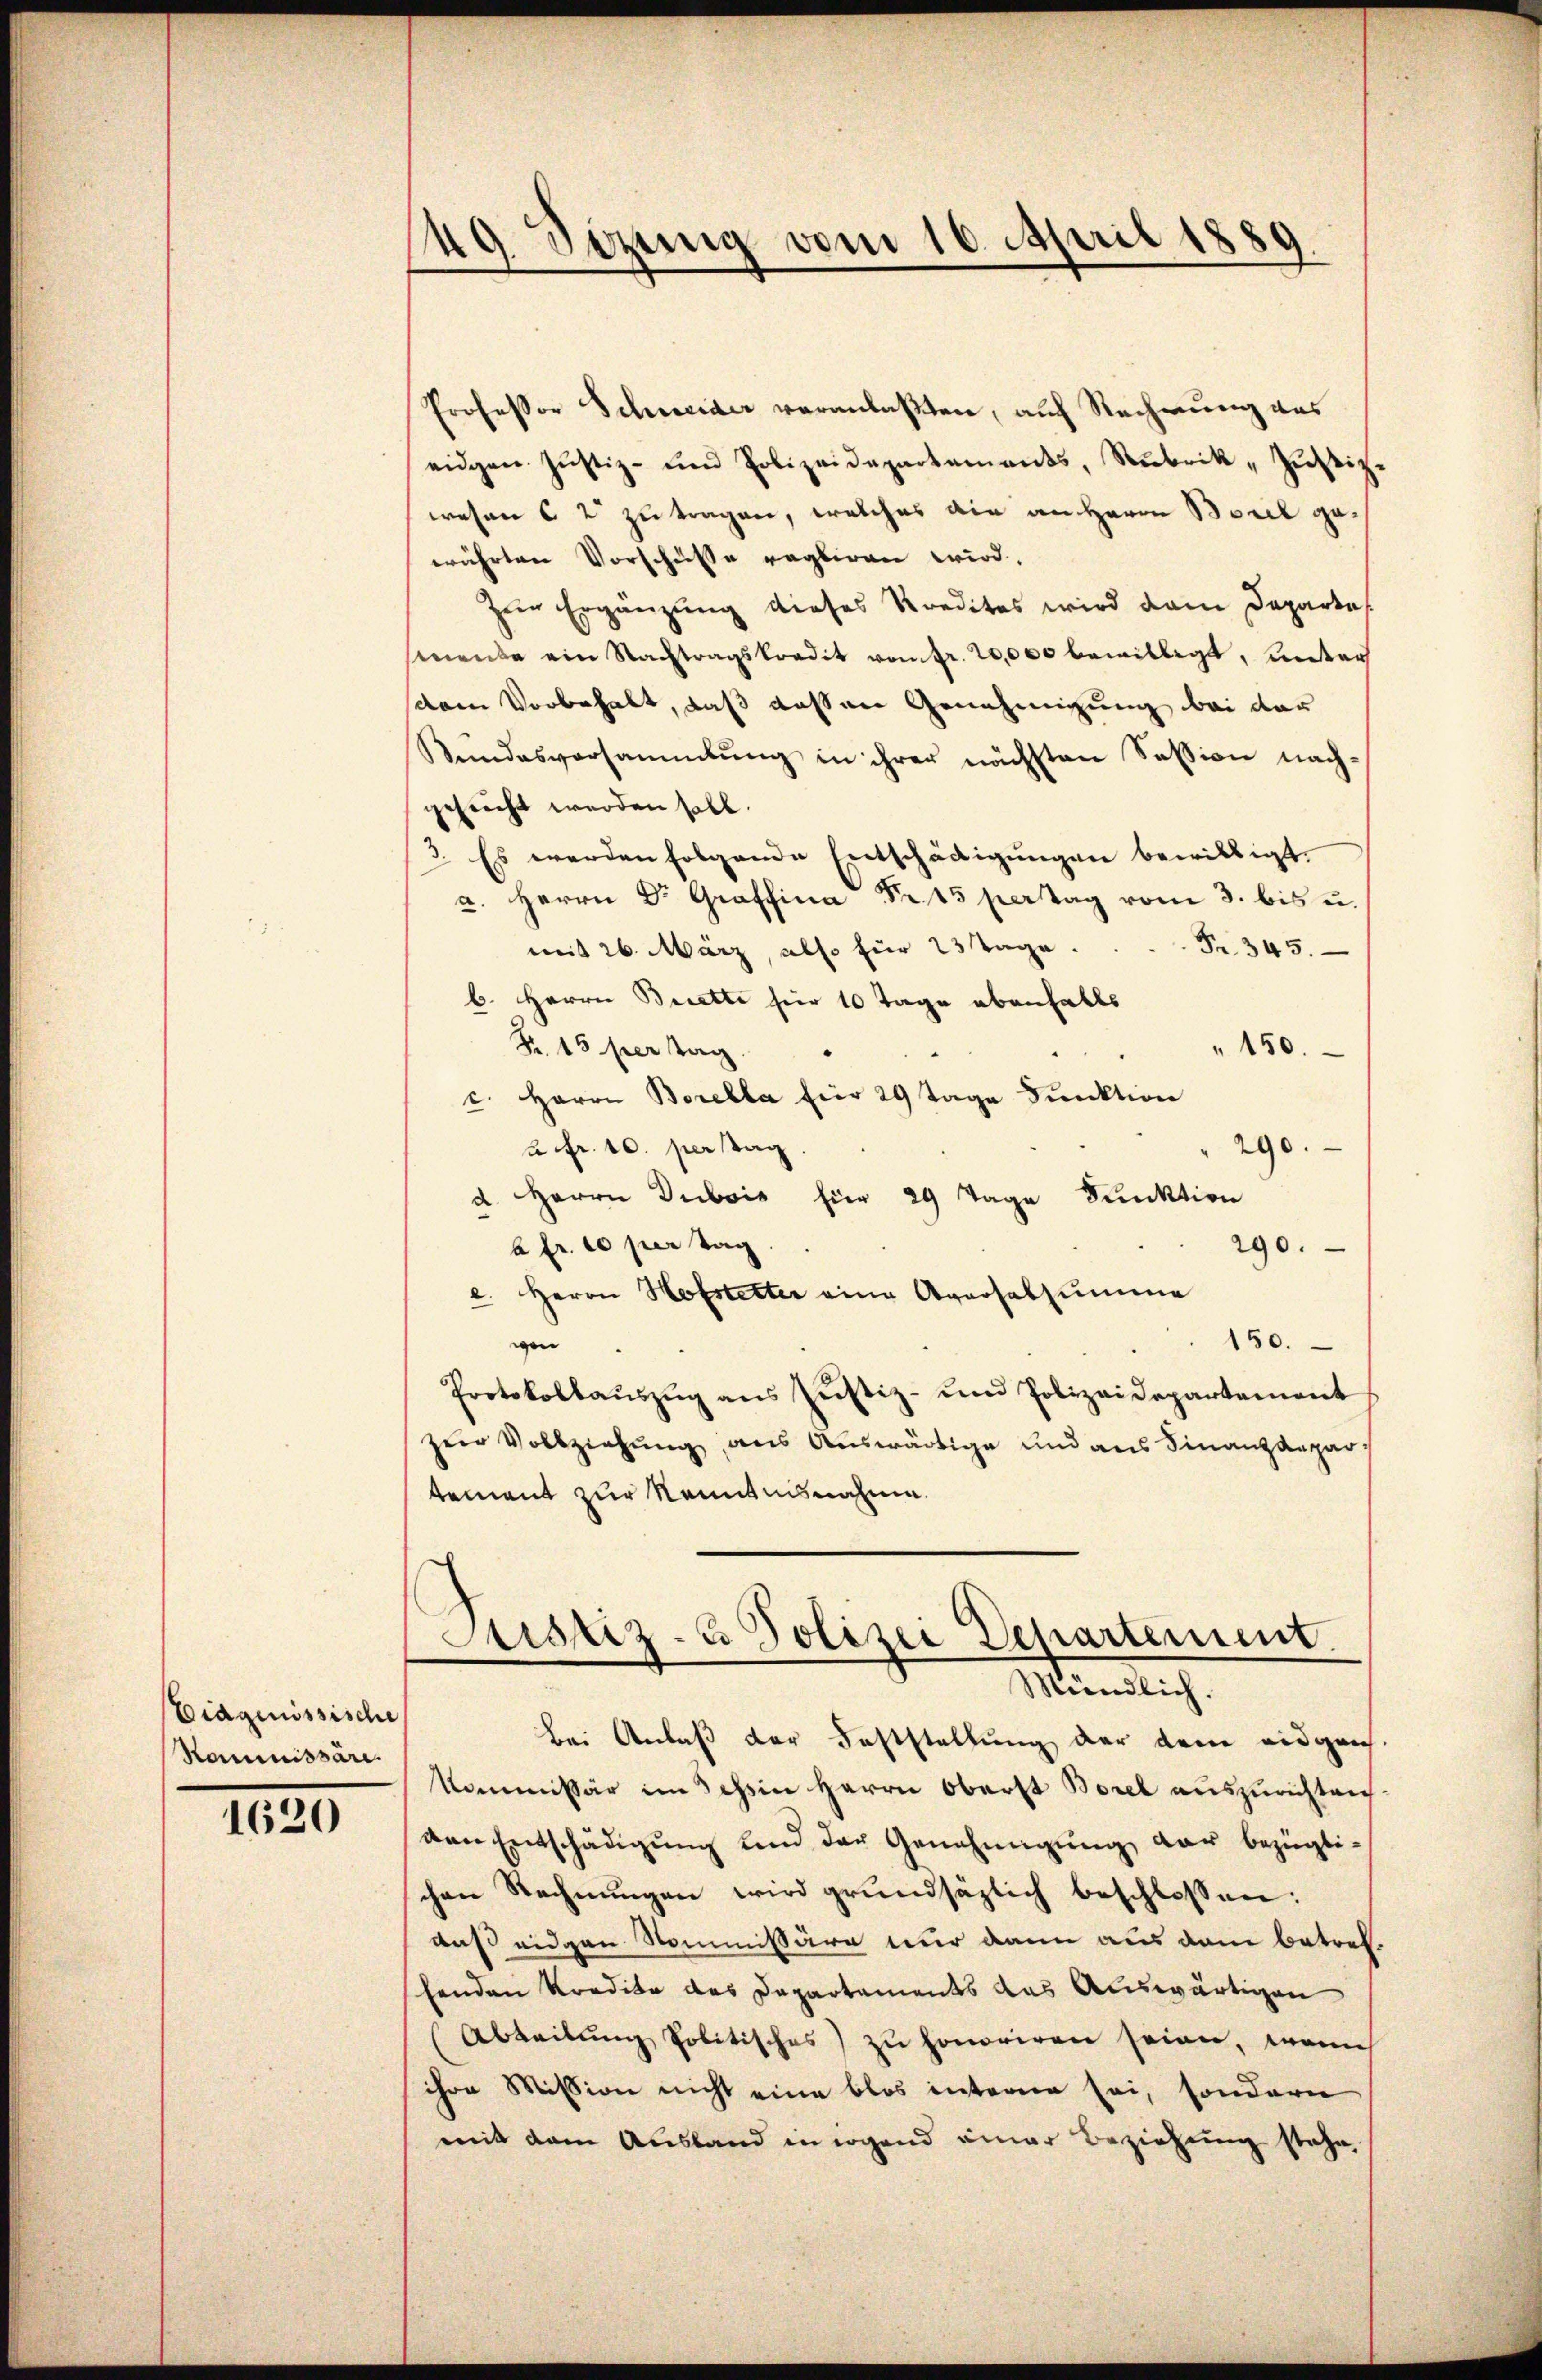
Eidgenössische
Kommissäre.

1620

49 Sizung vom 16. April 1889.

Professor Schweider veranlaßten, auf Rechnung das
eidgen. Jŭstiz- und Polizeidepartements, Rubrik „Zŭstiz.
wesen 6 2 zu tragen, welches ain an Herrn Borel gewährten Vorschüsse regliren wird.
Zur Ergänzung dieses Kredites wird dann Departes
senende ein Nachtragskredit von fr. 20,000 bewilligt, unter
sdem Vorbehalt, daß dessen Genehmigung bei der
Bundesversammlung in ihrer nächsten Session nachschricht werden soll.
Es werden folgende Entschädigungen bewilligt.
a. Herrn Dr. Graffina Fr. 15 pertag vom 3. bis u.
Fr. 345.
mit 26. März, also für 23 tage.
b. Herrn Berette für 10 Tage ebenfalls
Fr. 15 per Tag.
150.
c. Herrn Borella für 29 Tage Funktion
290.
2 Fr. 10. perstag
d. Herrn Dubois für 29 Tage Funktion
a Fr. 10 per Tag
290.
c. Herrn Hofstetter eine Agnosalsumme
150.
en
Protokollaŭszŭg ans Justiz- und Polizeidepartement
zur Vollziehung aus Auswärtige und aus Finanzdepartement zur Kenntnisnahme
Justiz- & Polizei Departement
Mündlich.
bei Anlaß der Feststellung der dem eidgrich
kommissär im Schein Herrn Oberst Borel auszurichten
den Entschädigung und der Genehmigung der bezüglichen Rechnŭngen wird grundsätzlich beschlossen:
das eidgen Nommissäre nur dann aus dem betref
henden Kredite des Departements das Auswärtigen
(Abteilŭng politisches) zu honoriren seien, wenn
ihre Mission nicht eine blos interen sei, sondern
mit dem Ausland in irgend einer Beziehung stehe,